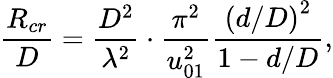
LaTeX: \frac{R_{cr}}{D}=\frac{D^{2}}{\lambda^{2}}\cdot\frac{\pi^{2}}{u_{01}^{2}}\frac{\left(d/D\right)^{2}}{1-d/D},